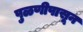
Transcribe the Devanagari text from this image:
पुळणीपासून